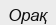
Орақ